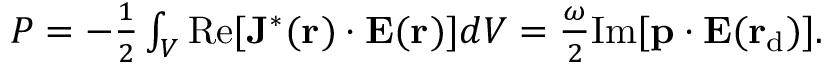
\begin{array} { r } { P = - \frac { 1 } { 2 } \int _ { V } \mathrm { R e } [ { { \bf J } ^ { * } ( { \bf r } _ { \mathrm { } } ) \cdot { \bf E } ( \bf r _ { \mathrm { } } ) } ] d V = \frac { \omega } { 2 } \mathrm { I m } [ { { \bf p } \cdot { \bf E } ( \bf r _ { \mathrm { d } } ) } ] . } \end{array}